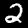
Label: 2